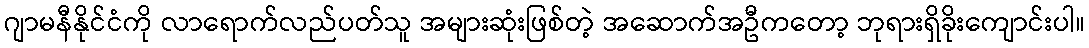
ဂျာမနီနိုင်ငံကို လာရောက်လည်ပတ်သူ အများဆုံးဖြစ်တဲ့ အဆောက်အဦကတော့ ဘုရားရှိခိုးကျောင်းပါ။